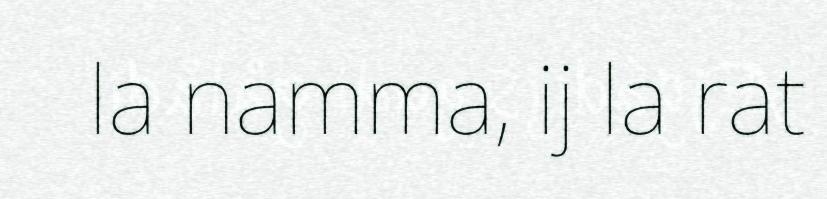
la namma, ij la rat